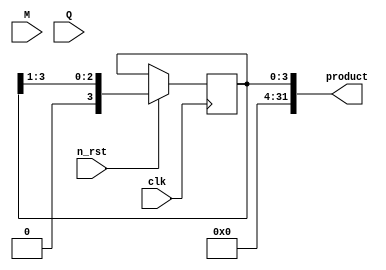
module un_add (
  input clk,              //  
  input n_rst,            //   
  input wire [15:0] M,    //  M (16)
  input wire [15:0] Q,    //  Q (16)
  output wire [31:0] product //   (32)
);

  reg [3:0] A;             //   A (4)
  reg [3:0] q;             //  q (4)
  reg c;                   //  
  reg [3:0] count;         // 

  always @(*) begin
    A = 4'b0000;           // A 
    q = Q;                 // q 
    c = 0;                 //   
    count = 4;             //  
  end

  always @(posedge clk or negedge n_rst) begin
    if (!n_rst)
      count <= 4;          //    
    else if (count != 0) begin
      if (q[0] == 1) begin
        A <= A + M;         // M A   A 
        c <= A[3];          //      
        {A, q, c} <= {c, A[3:1], q[3:1], q[0]}; //   
        count <= count - 1; //  
      end
      else begin
        {A, q, c} <= {c, A[3:1], q[3:1], q[0]}; //   
        count <= count - 1; //  
      end
    end
  end

  assign product = {A, q}; //   A q 

endmodule